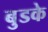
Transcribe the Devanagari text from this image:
बुडके